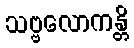
သဗ္ဗလောကန္တိ